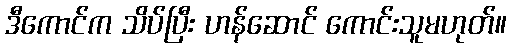
ဒီကောင်က သိပ်ပြီး ဟန်ဆောင် ကောင်းသူမဟုတ်။